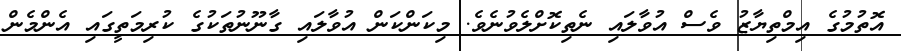
އޮތުމުގެ އިމްތިޔާޒު ވެސް އުވާލައި ނެތިކޮށްލެވުނެވެ. މިކަންކަން އުވާލައި ގާނޫނުތަކުގެ ކުރިމަތީގައި އެންމެން